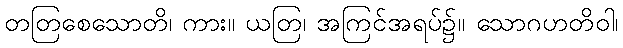
တတြစေသောတိ၊ ကား။ ယတြ၊ အကြင်အရပ်၌။ သောဂဟတိဝါ၊